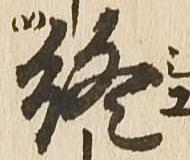
終